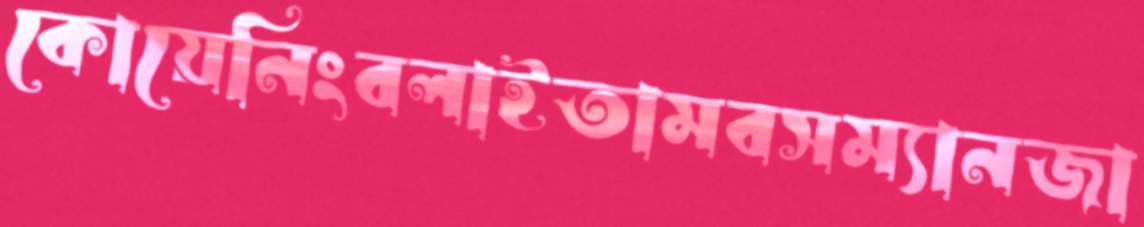
কোয়েনিংবলাইতামবসম্যানজা